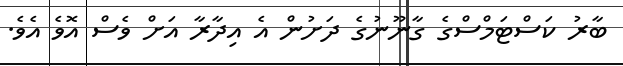
ބާރު ކަސްޓަމްސްގެ ގާނޫނުގެ ދަށުން އެ އިދާރާ އަށް ވެސް އޮވެ އެވެ.